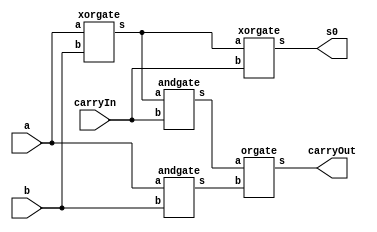
// -------------------------
// Exemplo0032  Somador algebrico selecionavel
// Nome: Jenifer Henrique Moreira Borges
// ------------------------- 
 
//modulo fullAdder
module fullAdder (output s0, output carryOut, input a, input b,  input carryIn);

   wire x,y,z;
   xorgate XOR1(x,a,b);
   andgate AND1(y,a,b);
   xorgate XOR2(s0,x,carryIn);
   andgate AND2(z,x,carryIn);
   orgate OR2(carryOut,z,y);

endmodule // fullAdder

//modulo halfAdder
module halfAdder (output s0, output carryOut, input a, input b);

 xorgate XOR1(s0,a,b);
 andgate AND1(carryOut,a,b);  

endmodule // halfAdder

module somadorSelecionavel (output [3:0]s, output carryOut, input operador, input [3:0]a, input [3:0]b );
  wire w0, w1, w2, w3, c0, c1, c2;
  xorgate XOR0 ( w0, operador, b[0] );
  xorgate XOR1 ( w1, operador, b[1] );
  xorgate XOR2 ( w2, operador, b[2] );
  xorgate XOR3 ( w3, operador, b[3] );

  fullAdder FA0 ( s[0], c0, w0, a[0], operador);
  fullAdder FA1 ( s[1], c1, w1, a[1], c0);
  fullAdder FA2 ( s[2], c2, w2, a[2], c1);
  fullAdder FA3 ( s[3], carryOut, w3, a[3], c2);

endmodule

module verifZero(output s, input [3:0] a);
	norgate NORG (s,a[3:0]);
endmodule

module norgate (output s, input [3:0]a);
  assign s = ~(a[0] | a[1] | a[2] | a[3]);
endmodule

module andgate (output s, input a, input b);
  assign s = a & b;
endmodule

module xorgate (output s, input a, input b);
  assign s = a ^ b;
endmodule

module orgate (output s, input a,  input b);
  assign s = a | b;
endmodule

module test_somadorSelecionavel;
// ------------------------- definir dados
      reg [3:0] x;
      reg [3:0] y;
      reg operador;
      wire [3:0] resultado;
      wire carryOut;
		wire q;

      somadorSelecionavel SS(resultado, carryOut, operador, x, y);
		verifZero teste(q, resultado);

// ------------------------- parte principal 
 initial begin 
      $display("Exemplo0032 - Jenifer Henrique Moreira Borges - 427420");
      $display("Somador selecionavel - 4bits com identificador de sinal 0\n");

      x=4'b0000; y=4'b0000; operador=1;
      $monitor("%4b   %4b   Op:%1b   Result:%4b   CarryOut:%1b   Verif:%1b",x,y,operador,resultado,carryOut,q);
      #1 x=4'b0101; y=4'b0111; operador=0;
      #1 x=4'b0011; y=4'b0100; operador=0;
      #1 x=4'b0110; y=4'b0100; operador=1;
      #1 x=4'b0111; y=4'b0111; operador=1;
      #1 x=4'b0100; y=4'b0010; operador=1;
 
 end
 
endmodule